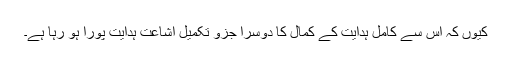
کیوں کہ اس سے کامل ہدایت کے کمال کا دوسرا جزو تکمیل اشاعت ہدایت پورا ہو رہا ہے۔